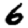
Digit: 6